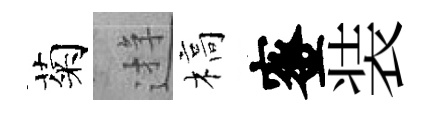
菊逰槁蜜装